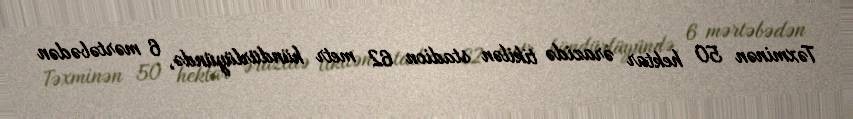
Təxminən 50 hektar ərazidə tikilən stadion 62 metr hündürlüyündə, 6 mərtəbədən